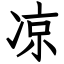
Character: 凉